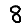
Digit: 8